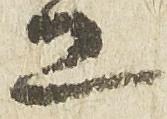
工